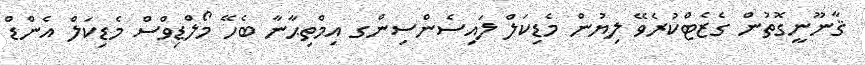
ޤާނޫނީގޮތުން ގެޒެޓްކުރެވޭ ލިޔުން މެޑިކަލް ލައިސެންސިންގ އިމްތިޙާނާ ބެހޭ މޯލްޑިވްސް މެޑިކަލް އެންޑް